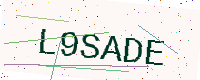
Text: L9SADE